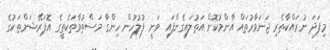
މިފަދަ ނުރައްކާތެރި ޖަނަވާރުތައް އާންމުކޮށް އަތުލައިގެންފައި ވަނީ ފުލުހުން ހިންގާ މަސްތުވާތަކެތީގެ އޮޕަރޭޝަންތަކުގެ